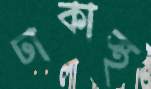
ঢাকাস্থ